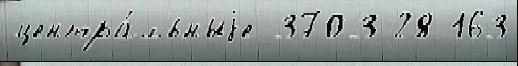
центра́льныjе 3703 28 163